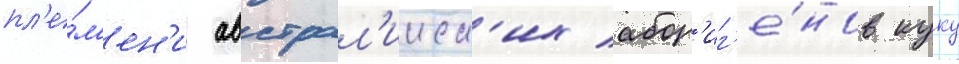
пл'е́м'ен'и австрал'ииск'их абор'иг'е́нов куку